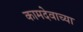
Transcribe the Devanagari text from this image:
कामदेवाच्या